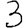
Digit: 3